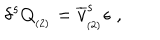
LaTeX: \delta ^ { s } Q _ { _ { ( 2 ) } } = \overline { { { v } } } _ { _ { ( 2 ) } } ^ { s } \epsilon \; ,